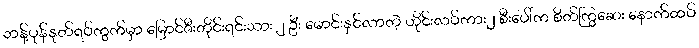
ဘန့်ပုန်နုတ်ရပ်ကွက်မှာ မြောင်ဇီးတိုင်းရင်းသား ၂ ဦး မောင်းနှင်လာတဲ့ ဟိုင်းလပ်ကား၂ စီးပေါ်က စိတ်ကြွဆေး နောက်ထပ်